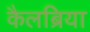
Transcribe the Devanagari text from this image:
कैलब्रिया